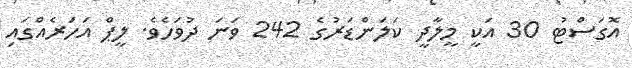
އޮގަސްޓު 30 އަކީ މީލާދީ ކަލަންޑަރުގެ 242 ވަނަ ދުވަހެވެ. ލީޕް އަހަރެއްގައި